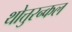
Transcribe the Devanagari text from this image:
थोत्तुरन्कल